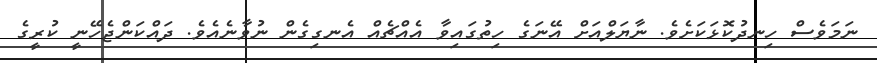
ނަމަވެސް ހިނދުކޮޅަކަށެވެ. ނާޔަލްއަށް އޭނަގެ ހިތުގައިވާ އެއްޗެއް އެނގިގެން ނުވާނެއެވެ. ދައްކަންޖެހޭނީ ކުރީގެ